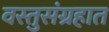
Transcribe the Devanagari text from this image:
वस्तुसंग्रहात